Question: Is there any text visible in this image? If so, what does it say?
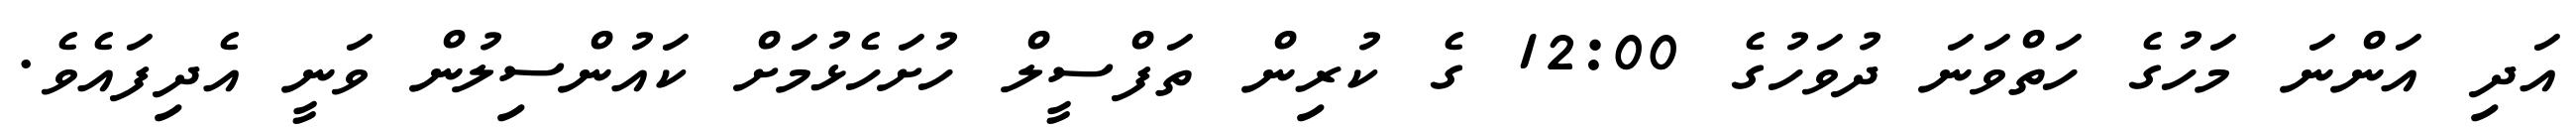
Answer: އަދި އަންނަ މަހުގެ ހަތްވަނަ ދުވަހުގެ 12:00 ގެ ކުރިން ތަފްސީލް ހުށަހެޅުމަށް ކައުންސިލުން ވަނީ އެދިފައެވެ.